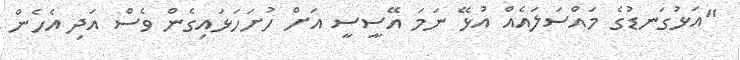
"އަޅުގަނޑުގެ މައްސަލައެއް އުޅޭ ނަމަ އޭސީސީ އަށް ހުށަހަޅައިގެން ވެސް އަދި އެހެން